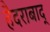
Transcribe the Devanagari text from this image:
हैदराबाद्